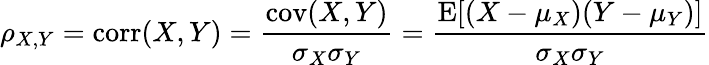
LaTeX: \rho_{X,Y}=\operatorname{corr}(X,Y)={\frac{\operatorname{cov}(X,Y)}{\sigma_{X}\sigma_{Y}}}={\frac{\operatorname{E}[(X-\mu_{X})(Y-\mu_{Y})]}{\sigma_{X}\sigma_{Y}}}